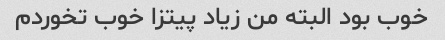
خوب بود البته من زیاد پیتزا خوب تخوردم